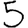
Digit: 5